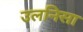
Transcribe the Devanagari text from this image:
उलनिसा